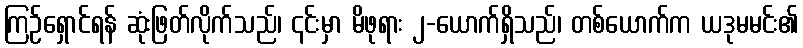
ကြဉ်ရှောင်ရန် ဆုံးဖြတ်လိုက်သည်၊ ၎င်းမှာ မိဖုရား ၂-ယောက်ရှိသည်၊ တစ်ယောက်က ယဒုမမင်း၏